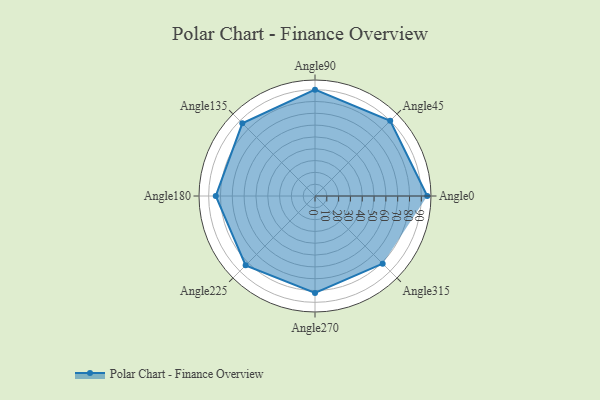
{"axis": {"x": "Angle", "y": "Radius"}, "legend": [""], "data": [{"x": "Angle0", "y": 95.0, "type": ""}, {"x": "Angle45", "y": 90.0, "type": ""}, {"x": "Angle90", "y": 90.0, "type": ""}, {"x": "Angle135", "y": 87.0, "type": ""}, {"x": "Angle180", "y": 84.0, "type": ""}, {"x": "Angle225", "y": 83.0, "type": ""}, {"x": "Angle270", "y": 82.0, "type": ""}, {"x": "Angle315", "y": 81.0, "type": ""}]}